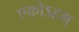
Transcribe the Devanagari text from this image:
एकोऽहम्